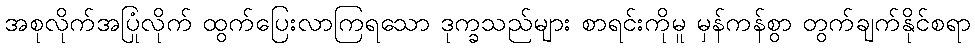
အစုလိုက်အပြုံလိုက် ထွက်ပြေးလာကြရသော ဒုက္ခသည်များ စာရင်းကိုမူ မှန်ကန်စွာ တွက်ချက်နိုင်စရာ